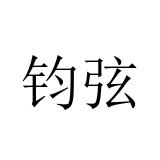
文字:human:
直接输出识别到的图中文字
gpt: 钧弦